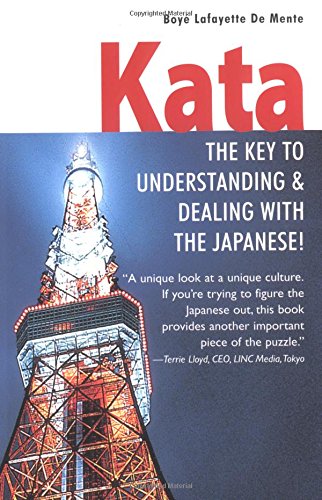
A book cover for Kata: The Key to Understanding and Dealing with the Japanese!; Boye Lafayette De Mente; Business & Money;